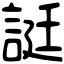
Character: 誔